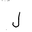
Letter: _lam